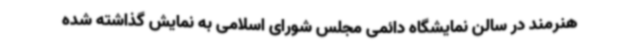
هنرمند در سالن نمایشگاه دائمی مجلس شورای اسلامی به نمایش گذاشته شده